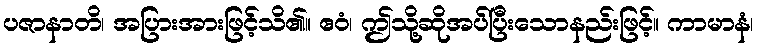
ပဇာနာတိ၊ အပြားအားဖြင့်သိ၏။ ဧဝံ၊ ဤသို့ဆိုအပ်ပြီးသောနည်းဖြင့်။ ကာမာနံ၊